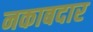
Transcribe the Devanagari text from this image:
नकाबदार